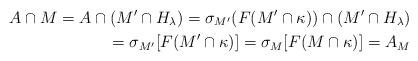
LaTeX: \begin{align*}A \cap M = A \cap (M' \cap H_\lambda) = \sigma_{M'}(F(M' \cap \kappa)) \cap (M' \cap H_\lambda) \\= \sigma_{M'} [ F(M' \cap \kappa) ] = \sigma_M[F(M \cap \kappa)] = A_M\end{align*}